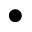
\bullet